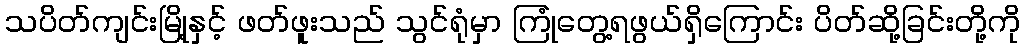
သပိတ်ကျင်းမြို့နှင့် ဖတ်ဖူးသည် သွင်ရုံမှာ ကြုံတွေ့ရဖွယ်ရှိကြောင်း ပိတ်ဆို့ခြင်းတို့ကို